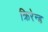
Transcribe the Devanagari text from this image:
क्रिरेन्ड